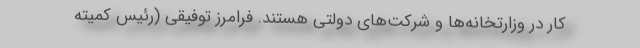
کار در وزارتخانه‌ها و شرکت‌های دولتی هستند. فرامرز توفیقی (رئیس کمیته